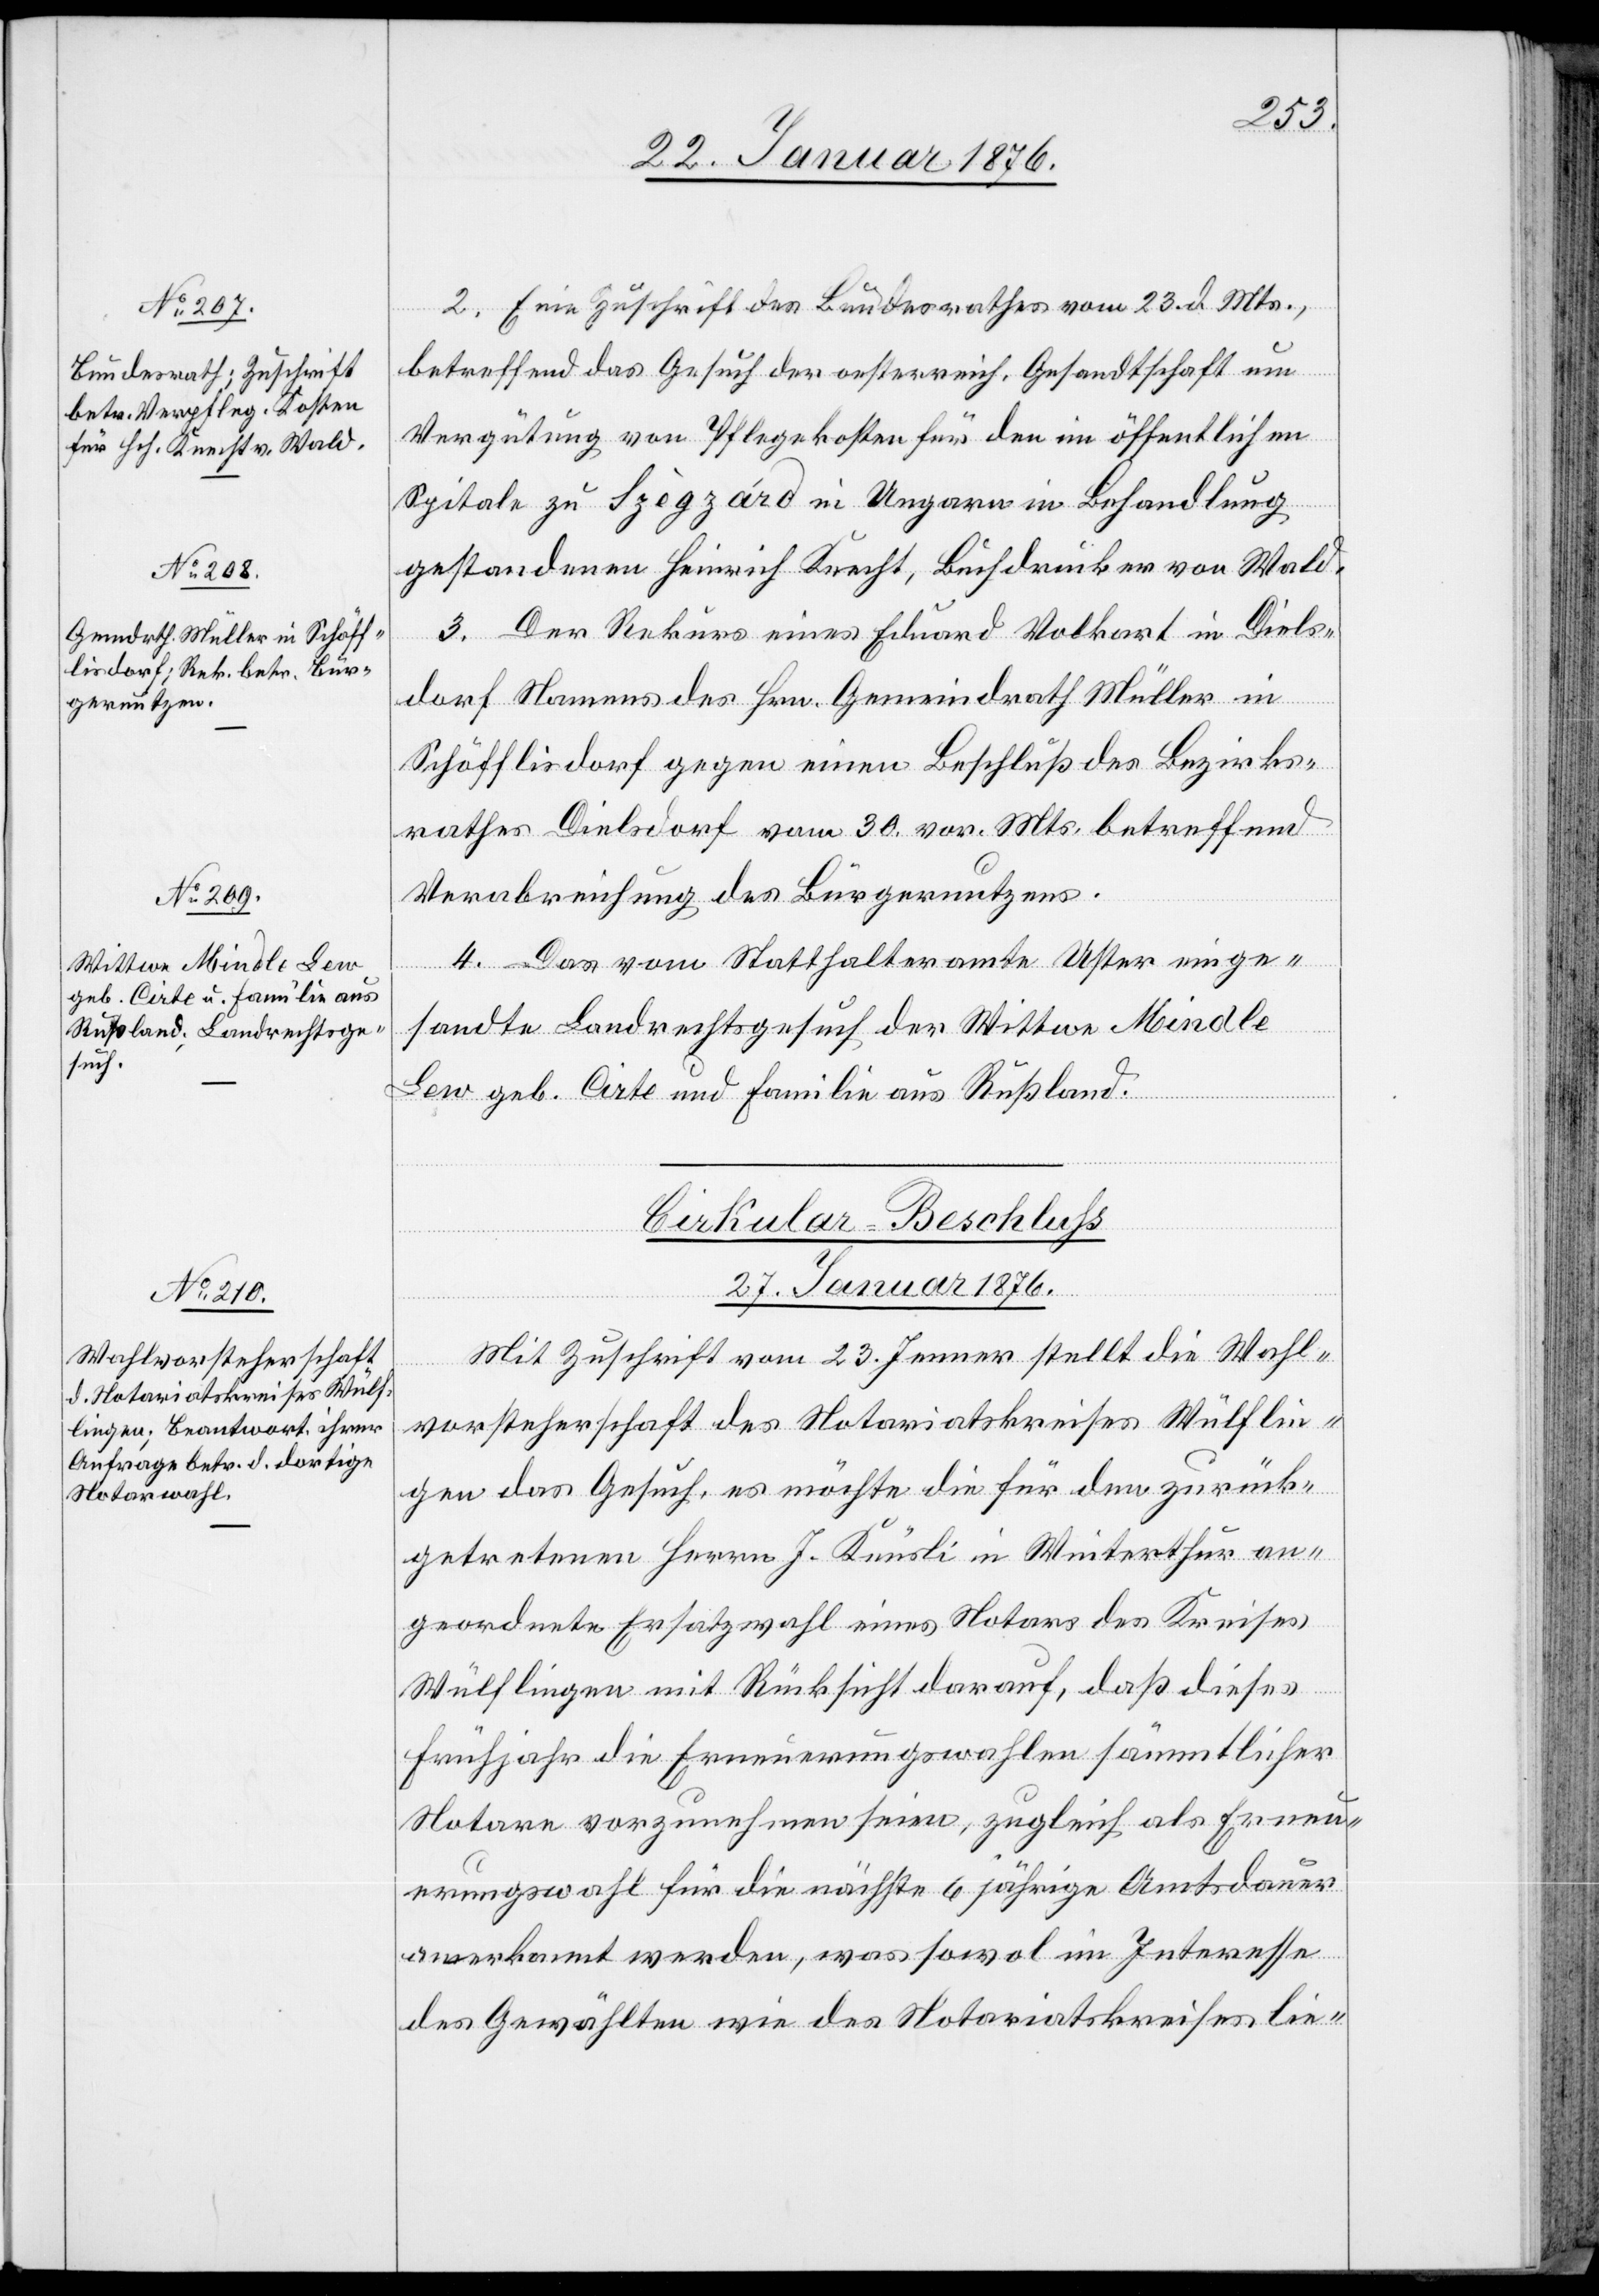
2. Eine Zuschrift des Bundesrathes vom 23. d. Mts.,
betreffend das Gesuch der oesterreich. Gesandtschaft um
Vergütung von Pflegekosten für den im öffentlichen
Spitale zu Szègzárd in Ungarn in Behandlung
gestandenen Heinrich Knecht, Buchdrucker von Wald.
3. Der Rekurs eines Eduard Volkart in Diels¬
dorf Namens des Hrn. Gemeindrath Müller in
[Fortsetz¬
Schöfflisdorf gegen einen Beschluß des Bezirks¬
rathes Dielsdorf vom 30. vor. Mts. betreffend
Verabreichung des Bürgernutzens.
4. Das vom Statthalteramte Uster einge¬
sandte Landrechtsgesuch der Wittwe Mindle
ung
Lew geb. Cirte und Familie aus Rußland.
Cirkular-Beschluß
27. Januar 1876.
Mit Zuschrift vom 23. Jenner stellt die Wahl¬
vorsteherschaft des Notariatskreises Wülflin¬
gen das Gesuch, es möchte die für den zurück¬
getretenen Herrn J. Knüsli in Winterthur an¬
geordnete Ersatzwahl eines Notars des Kreises
Wülflingen mit Rücksicht darauf, daß dieses
Frühjahr die Erneuerungswahlen sämmtlicher
Notare vorzunehmen seien, zugleich als Erneu¬
erungswahl für die nächste 6 jährige Amtsdauer
anerkannt werden, was sowol im Interesse
des Gewählten wie des Notariatskreises lie-